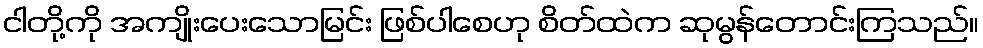
ငါတို့ကို အကျိုးပေးသောမြင်း ဖြစ်ပါစေဟု စိတ်ထဲက ဆုမွန်တောင်းကြသည်။